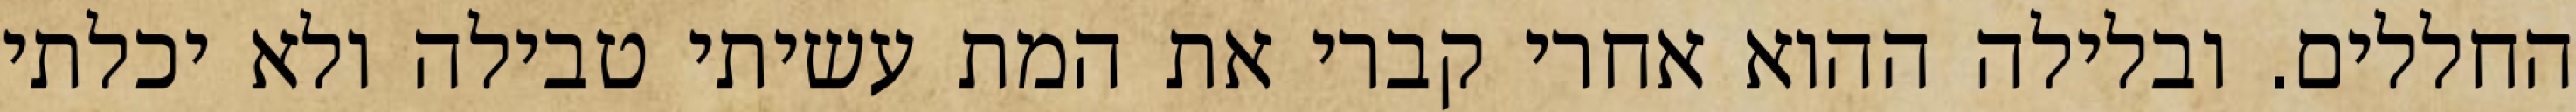
החללים. ובלילה ההוא אחרי קברי את המת עשיתי טבילה ולא יכלתי